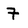
Character: 7